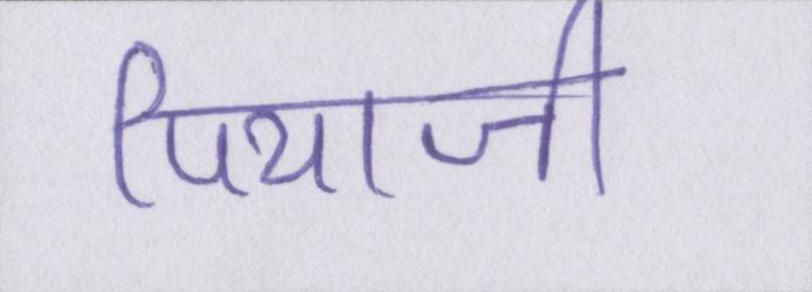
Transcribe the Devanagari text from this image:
पियाजी